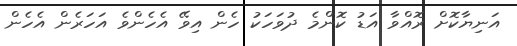
އަނިޔާކޮށް ރޮއްވާ އަޑު ކޮންމެ ދުވަހަކު ހެން އިވޭ އެހެންވެ އަހަރެން އެހެން